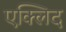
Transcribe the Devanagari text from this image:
एक्लिद